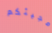
مجيئكم